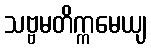
သဗ္ဗမတိက္ကမေယျ